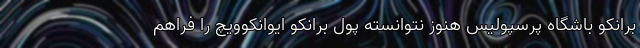
برانکو باشگاه پرسپولیس هنوز نتوانسته پول برانکو ایوانکوویچ را فراهم